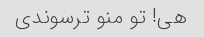
هی! تو منو ترسوندی